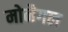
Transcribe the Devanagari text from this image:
मोनैगल